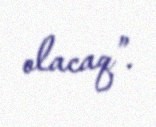
olacaq”.